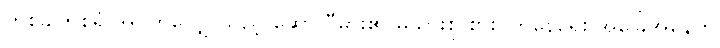
တစ်ခါတစ်ရံ အဝတ်လျှော်သည့် ဆော်လီမား၏ မိသားစု စားဝတ်နေရေး အခြေအနေကို